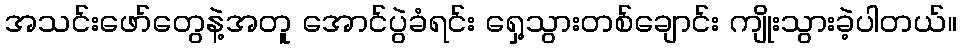
အသင်းဖော်တွေနဲ့အတူ အောင်ပွဲခံရင်း ရှေ့သွားတစ်ချောင်း ကျိုးသွားခဲ့ပါတယ်။